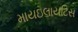
માયઇલાયટિસ